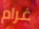
غرام